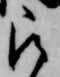
被